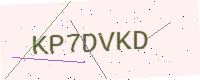
Text: KP7DVKD